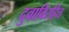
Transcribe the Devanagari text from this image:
दुवाविरहित